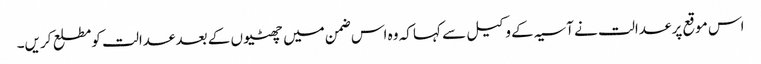
اس موقع پر عدالت نے آسیہ کے وکیل سے کہا کہ وہ اس ضمن میں چھٹیوں کے بعد عدالت کومطلع کریں۔